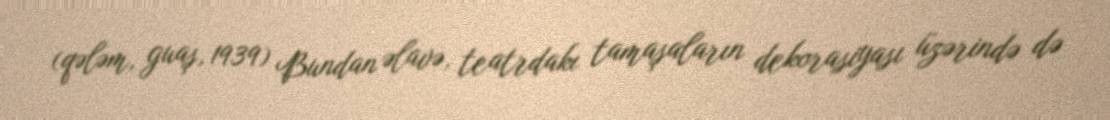
(qələm, guaş, 1939) Bundan əlavə, teatrdakı tamaşaların dekorasiyası üzərində də